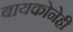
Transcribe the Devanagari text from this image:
बायकोनेही